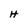
Character: H